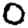
Digit: 0